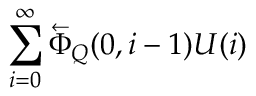
\sum _ { i = 0 } ^ { \infty } \overleftarrow { \Phi } _ { Q } ( 0 , i - 1 ) U ( i )